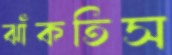
ঝাঁকতিস